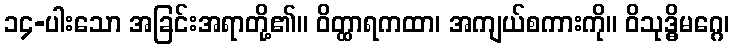
၁၄-ပါးသော အခြင်းအရာတို့၏။ ဝိတ္ထာရကထာ၊ အကျယ်စကားကို။ ဝိသုဒ္ဓိမဂ္ဂေ၊